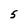
Character: 5